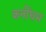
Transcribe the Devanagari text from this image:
कनींघम